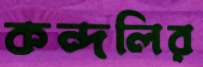
কন্দলির